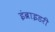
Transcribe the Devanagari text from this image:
इंब्राइडरी